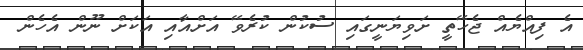
އެ ފިއްޔެއް ޖެހޭތީ ށަވިޔަނީގައި ސުކުން ކުރެވޭ އަށްއާއި އަކަށް ނޫން އެހެން